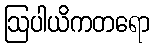
ဩပါယိကတရော